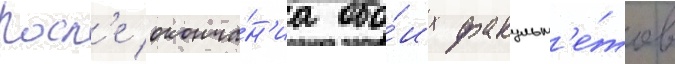
Посл'е оконча́н'иа обо́их факульт'е́тов